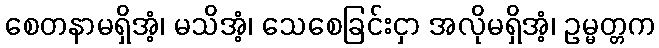
စေတနာမရှိအံ့၊ မသိအံ့၊ သေစေခြင်းငှာ အလိုမရှိအံ့၊ ဥမ္မတ္တက